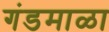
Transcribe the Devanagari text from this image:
गंडमाळा